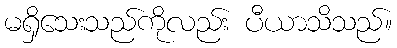
မရှိသေးသည်ကိုလည်း ပီယာသိသည်။